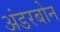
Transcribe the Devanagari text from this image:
अंडरबोन